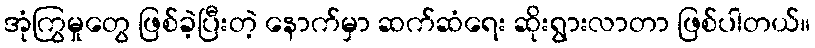
အုံကြွမှုတွေ ဖြစ်ခဲ့ပြီးတဲ့ နောက်မှာ ဆက်ဆံရေး ဆိုးရွားလာတာ ဖြစ်ပါတယ်။